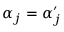
\alpha _ { j } = \alpha _ { j } ^ { \prime }